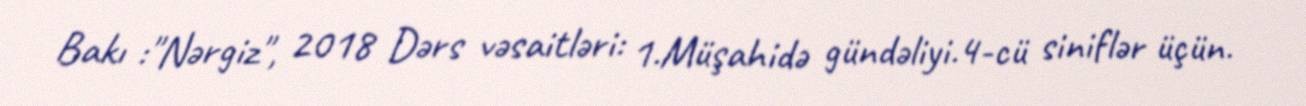
Bakı :"Nərgiz", 2018 Dərs vəsaitləri: 1.Müşahidə gündəliyi.4-cü siniflər üçün.